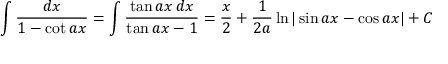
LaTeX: \int { \frac { d x } { 1 - \cot a x } } = \int { \frac { \tan a x \, d x } { \tan a x - 1 } } = { \frac { x } { 2 } } + { \frac { 1 } { 2 a } } \ln | \sin a x - \cos a x | + C